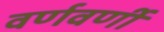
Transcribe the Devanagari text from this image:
वर्णवर्णी